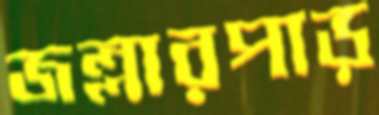
জল্লারপাড়